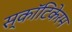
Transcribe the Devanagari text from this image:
स्कॉटिकेरम